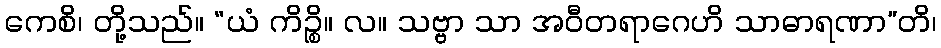
ကေစိ၊ တို့သည်။ “ယံ ကိဉ္စိ။ လ။ သဗ္ဗာ သာ အဝီတရာဂေဟိ သာဓာရဏာ”တိ၊